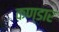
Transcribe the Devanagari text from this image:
कण्डार